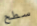
سطح